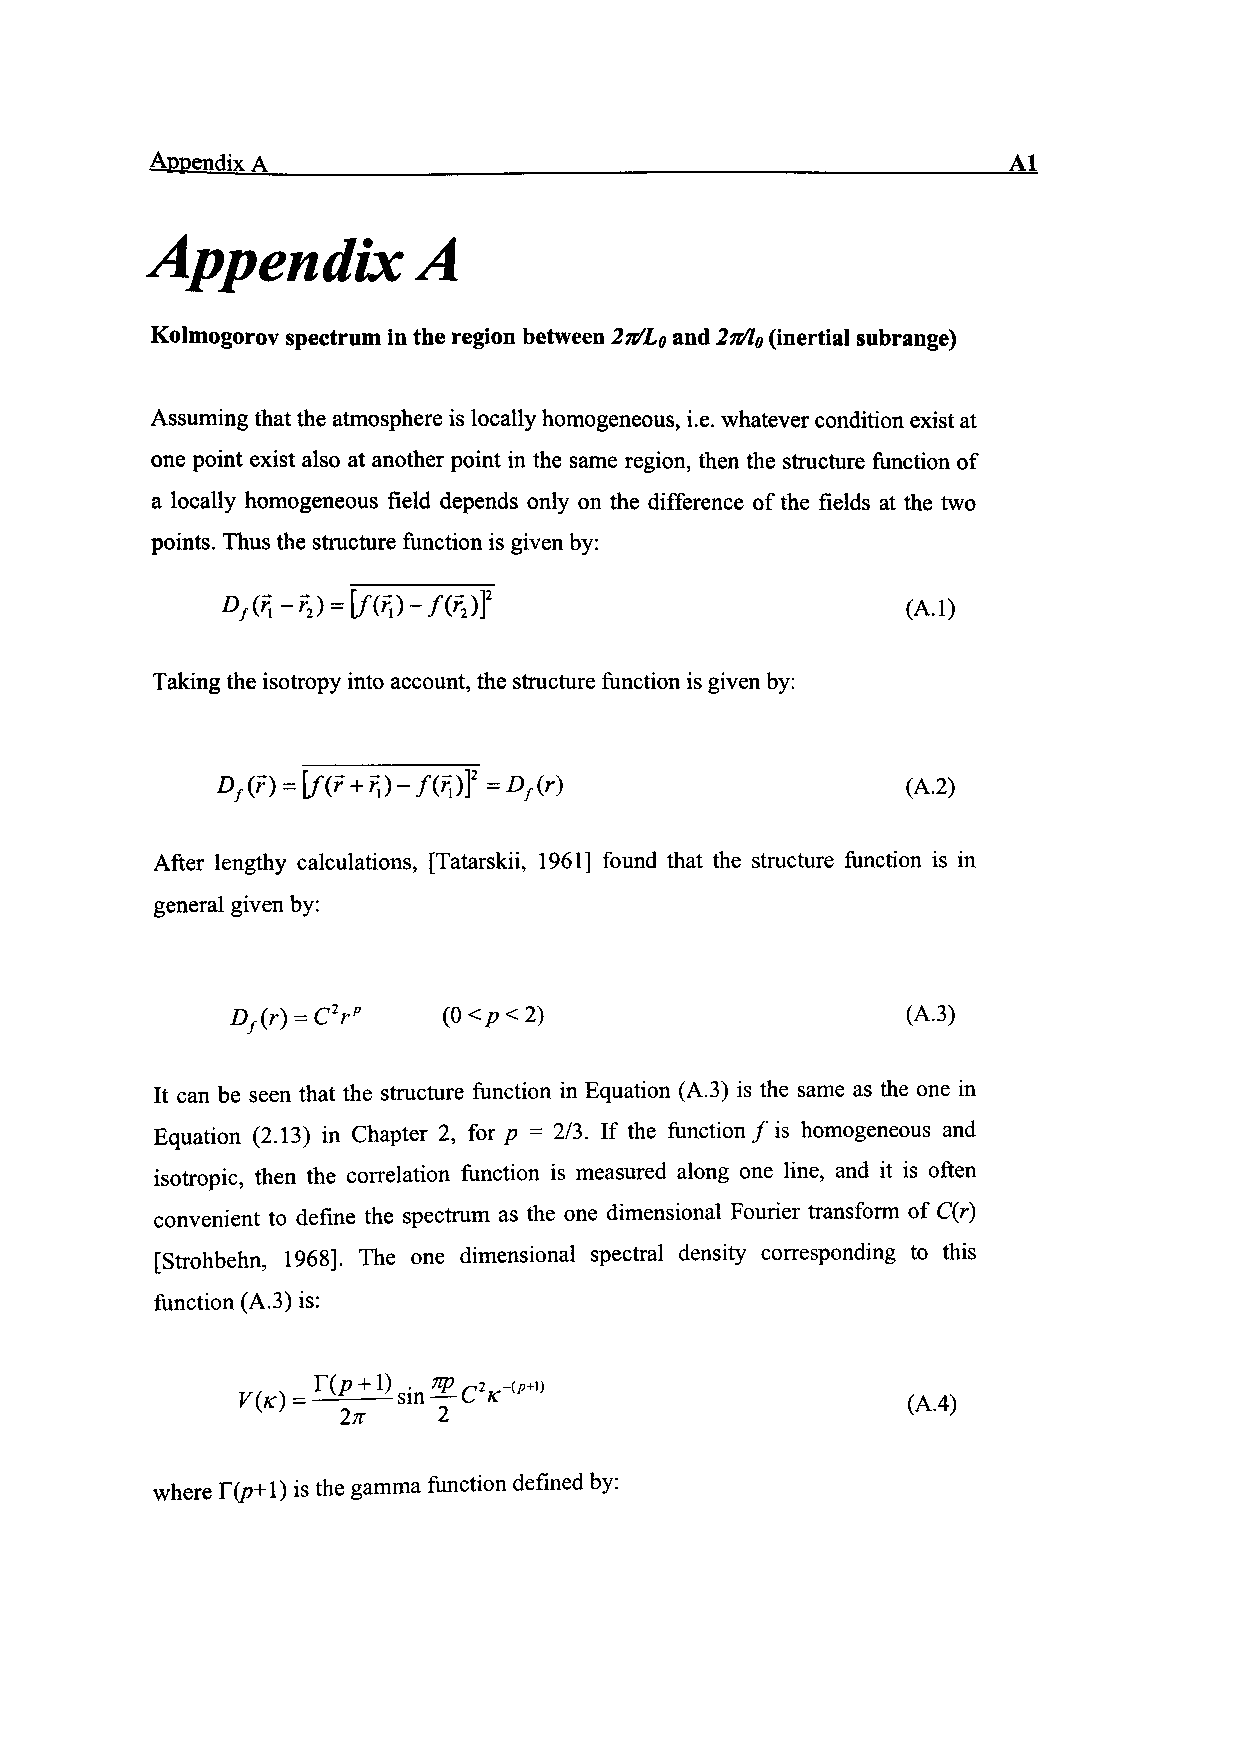
Append™ A
 Appendix         A
 Kolmogorov spectrum in the region between 2rfLo and 2n/l0 (inertial subrange)
 Assuming that the atmosphere is locally homogeneous, i.e. whatever condition exist at
 one point exist also at another point in the same region, then the structure function of
 a locally homogeneous field depends only on the difference of the fields at the two
 points. Thus the structure function is given by:
 Taking the isotropy into account, the structure function is given by:
 = Df(r)                     (A.2)
 After lengthy calculations, [Tatarskii, 1961] found that the structure function is in
 general given by:
 2)                       (A.3)
 It can be seen that the structure function in Equation (A.3) is the same as the one in
 Equation (2.13) in Chapter 2, for p = 2/3. If the function /is homogeneous and
 isotropic, then the correlation function is measured along one line, and it is often
 convenient to define the spectrum as the one dimensional Fourier transform of C(r)
 [Strohbehn, 1968]. The one dimensional spectral density corresponding to this
 function (A.3) is:
 where T(p+\) is the gamma function defined by: